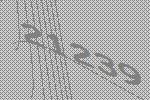
21239